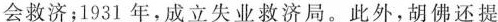
会救济；1931年，成立失业救济局。此外，胡佛还提